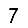
Digit: 7